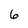
Character: 6